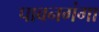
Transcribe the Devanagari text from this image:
पावनगंगा